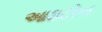
આઇટોન